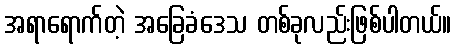
အရာရောက်တဲ့ အခြေခံဒေသ တစ်ခုလည်းဖြစ်ပါတယ်။